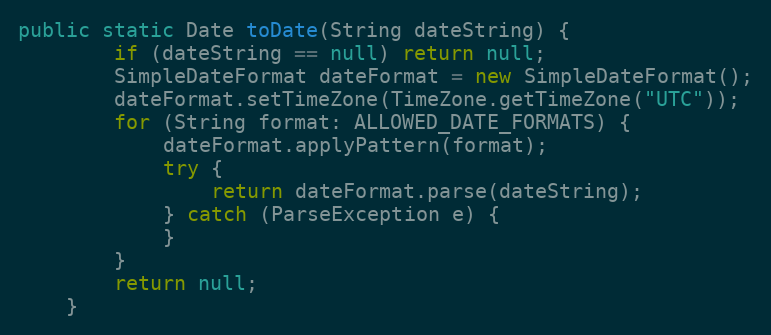
Language: Java
public static Date toDate(String dateString) {
        if (dateString == null) return null;
        SimpleDateFormat dateFormat = new SimpleDateFormat();
        dateFormat.setTimeZone(TimeZone.getTimeZone("UTC"));
        for (String format: ALLOWED_DATE_FORMATS) {
            dateFormat.applyPattern(format);
            try {
                return dateFormat.parse(dateString);
            } catch (ParseException e) {
            }
        }
        return null;
    }